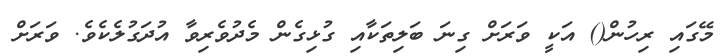
މޭގައި ރިހުން() އަކީ ވަރަށް ގިނަ ބަލިތަކާއި ގުޅިގެން މެދުވެރިވާ އުދަގުލެކެވެ. ވަރަށް